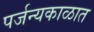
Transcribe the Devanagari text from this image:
पर्जन्यकाळात